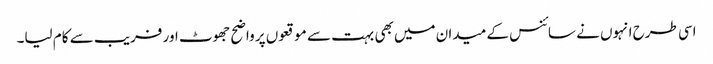
اسی طرح انہوں نے سائنس کے میدان میں بھی بہت سے موقعوں پر واضح جھوٹ اور فریب سے کام لیا۔